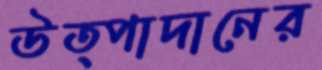
উত্পাদানের